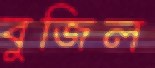
বুজিল